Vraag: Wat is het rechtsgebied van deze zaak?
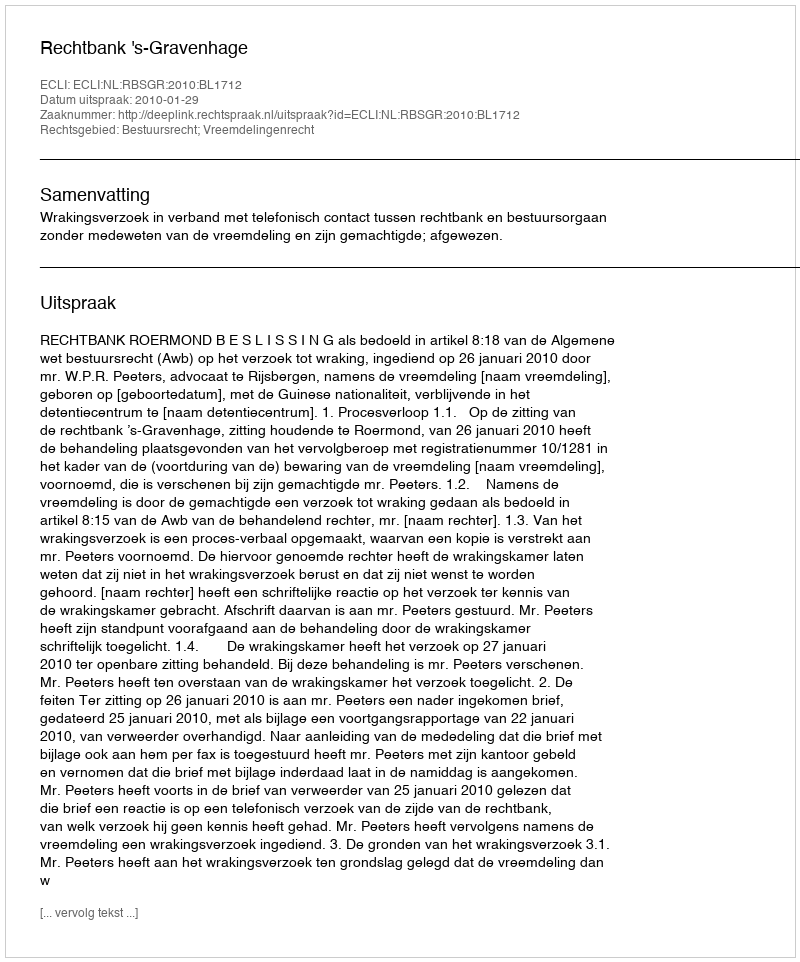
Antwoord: Bestuursrecht; Vreemdelingenrecht